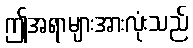
ဤအရာများအားလုံးသည်